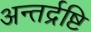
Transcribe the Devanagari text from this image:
अन्तर्द्रष्टि